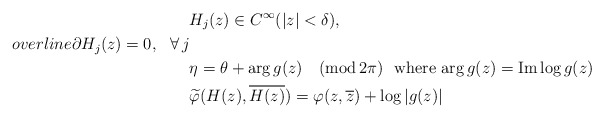
\begin{align*} &H_j(z)\in C^\infty(|z|<\delta),\ \\overline\partial H_j(z)=0,\ \ \forall \,j\\&\eta=\theta+\mathrm{arg}\,g(z)\quad\mbox{$(\mathrm{mod}\,2\pi)$\,\, where $\mathrm{arg}\,g(z)=\mathrm{Im}\log g(z)$}\\&\widetilde\varphi(H(z), \overline {H(z)})=\varphi(z, \overline z)+\log|g(z)|\end{align*}